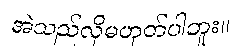
အဲသည်လိုမဟုတ်ပါဘူး။